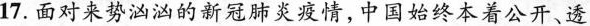
17.面对来势汹汹的新冠肺炎疫情，中国始终本着公开、透